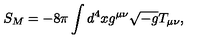
S _ { M } = - 8 \pi \int d ^ { 4 } x g ^ { \mu \nu } \sqrt { - g } T _ { \mu \nu } ,